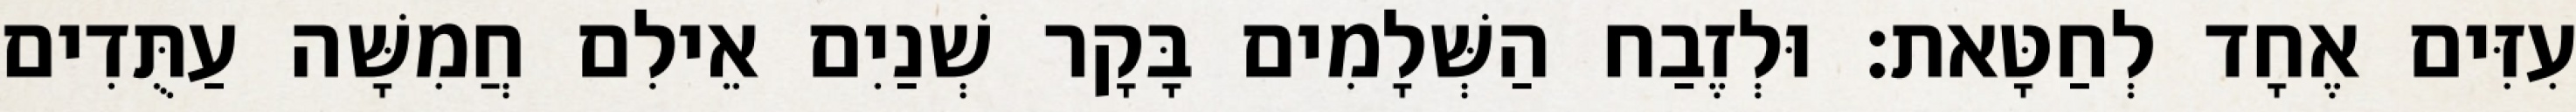
עִזִּים אֶחָד לְחַטָּאת׃ וּלְזֶבַח הַשְּׁלָמִים בָּקָר שְׁנַיִם אֵילִם חֲמִשָּׁה עַתֻּדִים